Report on vaccination in Madras 1904-1921 - 1904-1921
Year: 1904
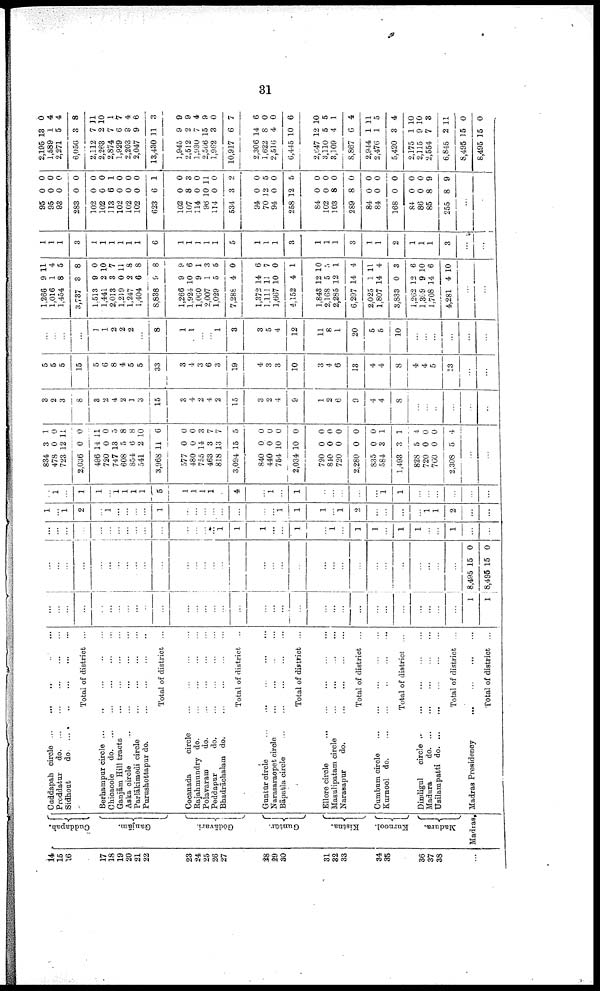
31
14
15
16
17
18
19
20
21
22
23
24
25
26
27
28
29
30
31
32
33
34
35
36
37
38
...
Cuddapah.
Ganjām.
Gōdāvari.
Guntūr.
Kistna.
Kurnool.
Madura.
Madras.
Caddapah circle ... ... ... ... ...
Proddatur
d
o
. ... ... ... ... ...
Sidhout
d
o
. ... ... ... ... ...
Total of district ...
Berhampur circle
...
...
...
...
...
Chicacole
d
o
. ... ... ... ... ...
Ganjām Hill tracts
...
...
...
...
Aska circle
...
...
...
...
...
Parlākimedi circle
...
...
...
...
Purushottapur do.
...
...
...
...
Total of district ...
Cocanada
circle ... ... ... ...
Rajahmundry do.
...
...
...
...
Polavaram
do.
...
...
...
...
Peddapur
do.
...
...
...
...
Bhadrāchalam do.
...
...
...
...
Total of district ...
Guntūr circle
...
...
...
...
...
Narasaraopet circle ... ... ... ...
Bāpatla circle
...
...
...
...
...
Total of district ...
Ellore circle
...
...
...
...
...
Masulipatam circle
...
...
...
...
Narasapur
do.
...
...
...
...
Total of district ...
Cumbum circle
...
...
...
...
...
Kurnool do.
...
...
...
...
...
Total of district ...
Dindigul
circle
...
...
...
...
...
Madura
d
o
. ... ... ... ... ...
Usilampatti d
o
. ... ... ... ... ...
Total of district ... ... ...
Madras Presidency
...
...
...
...
Total of district ...
...
...
...
...
...
...
...
...
...
...
...
...
...
...
...
...
...
...
...
...
...
...
...
...
...
...
...
...
...
...
...
...
1
1
...
...
...
...
...
...
...
...
...
...
...
...
...
...
...
...
...
...
...
...
...
...
...
...
...
...
...
...
...
...
...
8,495
8,495
15
15
0
0
...
...
...
...
...
...
...
...
...
...
...
...
...
...
...
1
1
1
...
...
1
...
1
...
1
1
...
1
1
...
...
1
...
...
1
...
1
2
...
1
...
...
...
...
1
...
...
...
...
...
...
...
...
...
1
1
...
1
2
...
...
...
...
1
1
2
...
...
...
1
...
1
1
...
1
1
1
1
5
1
1
1
1
...
4
...
1
...
1
...
...
...
...
...
1
1
...
...
...
...
...
...
834
478
723
2,036
496
720
747
608
854
541
3,968
577
480
755
463
818
3,094
840
440
754
2,034
720
810
720
2,280
835
584
1,493
828
720
760
2,308
3
0
12
0
14
0
13
5
6
2
11
0
0
14
3
13
15
0
0
10
10
0
0
0
0
0
3
3
5
0
0
5
1
0
11
0
11
0
5
8
8
10
6
0
0
3
7
7
5
0
0
0
0
0
0
0
0
0
1
1
4
0
0
4
...
...
3
2
3
8
3
2
4
2
1
3
15
3
4
2
4
2
15
3
2
4
9
1
2
6
9
4
4
8
...
...
...
...
...
...
5
5
5
15
5
6
8
4
5
5
33
3
4
3
6
3
19
4
3
3
10
3
4
6
13
4
4
8
4
4
5
13
...
...
...
...
...
...
1
1
2
2
2
...
8
1
1
...
...
1
3
3
5
4
12
11
8
1
20
5
5
10
...
...
...
...
...
...
1,266
1,016
1,454
3,737
1,513
1,441
2,013
1,219
1,247
1,404
8,838
1,266
1,924
1,060
2,007
1,029
7,288
1,372
1,111
1,667
4,152
1,843
2,168
2,285
6,297
2,025
1,807
3,833
1,262
1,309
1,708
4,281
9
1
8
3
9
2
3
0
2
6
9
9
10
9
1
5
4
14
11
10
4
12
5
12
14
1
14
0
12
9
14
4
11
4
5
8
0
10
7
11
8
8
8
9
6
1
3
5
0
6
7
0
1
10
5
1
4
11
4
3
6
10
6
10
...
...
1
1
1
3
1
1
1
1
1
1
6
1
1
1
1
1
5
1
1
1
3
1
1
1
3
1
1
2
1
1
1
3
...
...
95
95
93
283
102
102
113
102
102
102
623
102
107
114
96
114
534
94
70
94
258
84
102
103
289
84
84
168
84
86
85
255
0
0
0
0
0
0
6
0
0
0
6
0
8
0
10
0
3
0
12
0
12
0
0
8
8
0
0
0
0
0
8
8
0
0
0
0
0
0
1
0
0
0
1
0
3
0
11
0
2
0
5
0
5
0
0
0
0
0
0
0
0
0
9
9
...
...
2,195
1,589
2,271
6,056
2,112
2,263
2,874
1,929
2,203
2,047
13,430
1,945
2,512
1,930
2,566
1,962
10,917
2,306
1,622
2,516
6,445
2,647
3,110
3,109
8,867
2,944
2,476
5,420
2,175
2,115
2,554
6,845
8,495
8,495
13
1
5
3
7
2
7
6
9
9
11
9
2
7
15
3
6
14
8
4
10
12
5
4
6
1
1
3
1
9
7
2
15
15
0
4
4
8
11
10
1
7
4
6
3
9
9
4
9
0
7
6
0
0
6
10
5
1
4
11
5
4
10
10
3
11
0
0